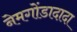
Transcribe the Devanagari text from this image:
नेमगोंडादादा